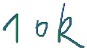
Text: 10k